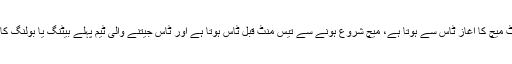
عام طور پر کرکٹ میچ کا آغاز ٹاس سے ہوتا ہے، میچ شروع ہونے سے تیس منٹ قبل ٹاس ہوتا ہے اور ٹاس جیتنے والی ٹیم پہلے بیٹنگ یا بولنگ کا فیصلہ کرتی ہے۔